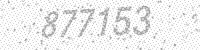
Solution: 877153